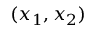
( x _ { 1 } , x _ { 2 } )